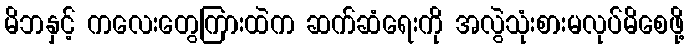
မိဘနှင့် ကလေးတွေကြားထဲက ဆက်ဆံရေးကို အလွဲသုံးစားမလုပ်မိစေဖို့